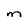
Character: M